Scientific memoirs by medical officers of the Army of India - Part XI,
Year: 1898
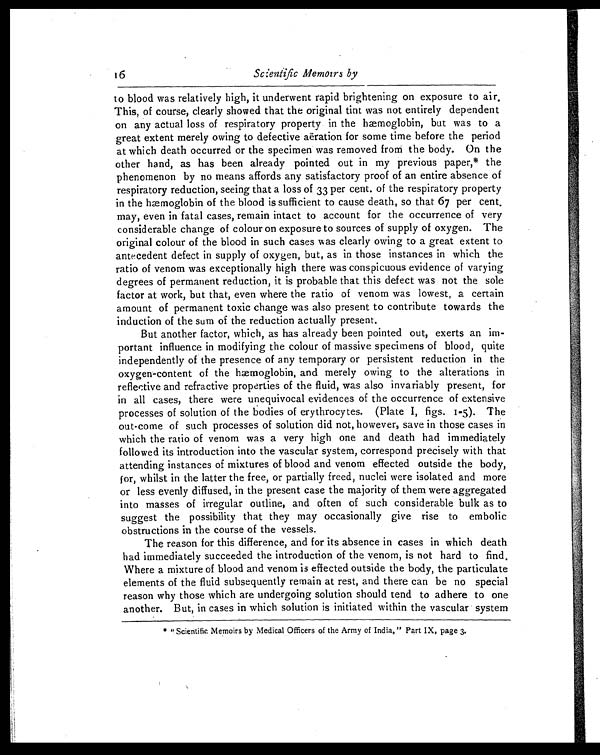
16 Scientific Memoirs by
to blood was relatively high, it underwent rapid brightening on exposure to air
This, of course, clearly showed that the original tint was not entirely dependent
on any actual loss of respiratory property in the hæmoglobin, but was to a
great extent merely owing to defective aëration for some time before the period
at which death occurred or the specimen was removed from the body. On the
other hand, as has been already pointed out in my previous paper,* the
phenomenon by no means affords any satisfactory proof of an entire absence of
respiratory reduction, seeing that a loss of 33 per cent. of the respiratory property
in the hæmoglobin of the blood is sufficient to cause death, so that 67 per cent,
may, even in fatal cases, remain intact to account for the occurrence of very
considerable change of colour on exposure to sources of supply of oxygen. The
original colour of the blood in such cases was clearly owing to a great extent to
antecedent defect in supply of oxygen, but, as in those instances in which the
ratio of venom was exceptionally high there was conspicuous evidence of varying
degrees of permanent reduction, it is probable that this defect was not the sole
factor at work, but that, even where the ratio of venom was lowest, a certain
amount of permanent toxic change was also present to contribute towards the
induction of the sum of the reduction actually present.
But another factor, which, as has already been pointed out, exerts an im-
portant influence in modifying the colour of massive specimens of blood, quite
independently of the presence of any temporary or persistent reduction in the
oxygen-content of the hæmoglobin, and merely owing to the alterations in
reflective and refractive properties of the fluid, was also invariably present, for
in all cases, there were unequivocal evidences of the occurrence of extensive
processes of solution of the bodies of erythrocytes. (Plate I, figs. 1-5). The
out-come of such processes of solution did not, however, save in those cases in
which the ratio of venom was a very high one and death had immediately
followed its introduction into the vascular system, correspond precisely with that
attending instances of mixtures of blood and venom effected outside the body,
for, whilst in the latter the free, or partially freed, nuclei were isolated and more
or less evenly diffused, in the present case the majority of them were aggregated
into masses of irregular outline, and often of such considerable bulk as to
suggest the possibility that they may occasionally give rise to embolic
obstructions in the course of the vessels.
The reason for this difference, and for its absence in cases in which death
had immediately succeeded the introduction of the venom, is not hard to find.
Where a mixture of blood and venom is effected outside the body, the particulate
elements of the fluid subsequently remain at rest, and there can be no special
reason why those which are undergoing solution should tend to adhere to one
another. But, in cases in which solution is initiated within the vascular system
* "Scientific Memoirs by Medical Officers of the Army of India," Part IX, page 3.